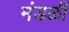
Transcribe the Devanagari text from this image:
मंडळीं